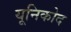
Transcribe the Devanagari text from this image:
यूनिकोद